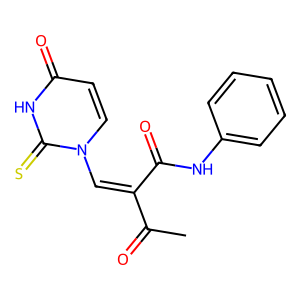
SMILES: CC(=O)C(=Cn1ccc(=O)[nH]c1=S)C(=O)Nc1ccccc1
Inhibits HIV replication: No